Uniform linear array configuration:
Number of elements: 16
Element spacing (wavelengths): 0.5
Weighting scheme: exponential
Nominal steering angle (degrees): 45
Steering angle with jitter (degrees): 46.247
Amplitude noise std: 0.05
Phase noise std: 0.05

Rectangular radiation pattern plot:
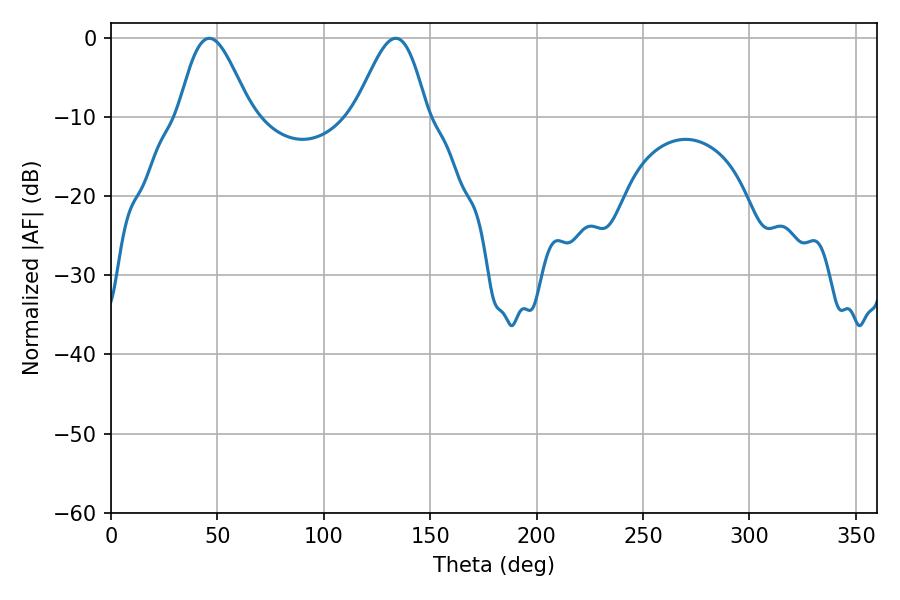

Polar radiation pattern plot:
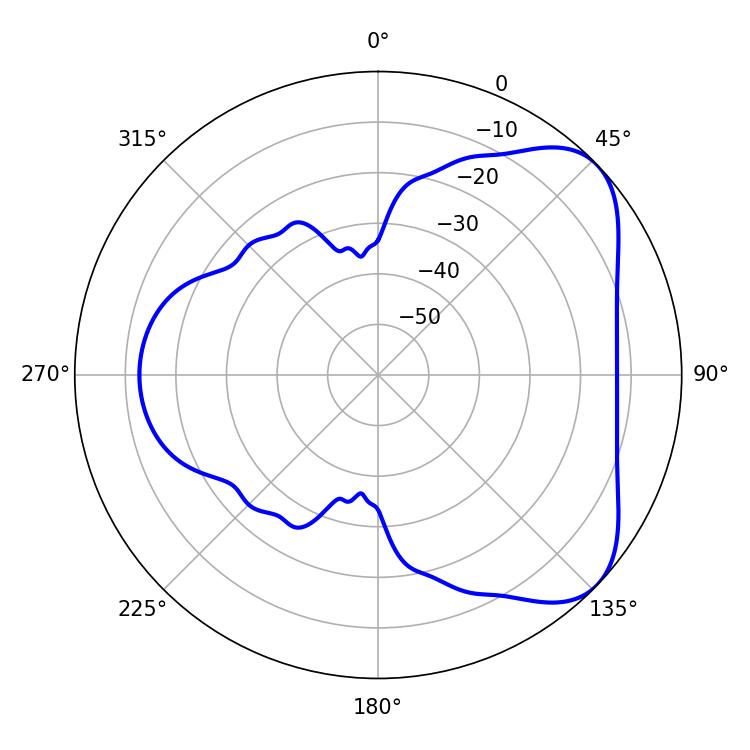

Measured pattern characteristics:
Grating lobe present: FALSE
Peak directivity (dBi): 5.744
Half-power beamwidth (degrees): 18
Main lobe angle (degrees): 46.26